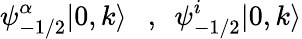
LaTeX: \psi_{-1/2}^{\alpha}|0,k\rangle~~~,~~\psi_{-1/2}^{i}|0,k\rangle